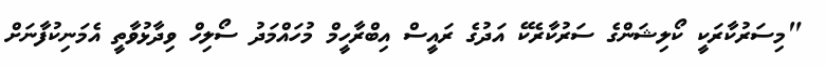
"މިސަރުކާރަކީ ކޯލިޝަންގެ ސަރުކާރެކޭ އަދުގެ ރައީސް އިބްރާހީމް މުހައްމަދު ސޯލިހް ވިދާޅުވާތީ އެމަނިކުފާނަށް